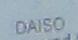
daiso